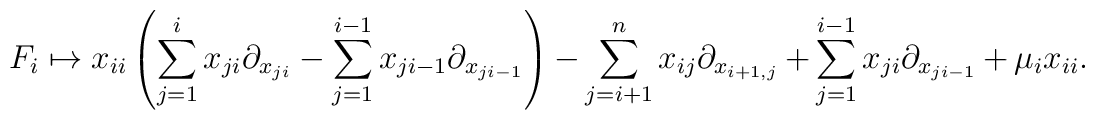
F_{i}\mapsto x_{i i}\left(\sum_{j=1}^{i}x_{j i}\partial_{x_{ji}}-\sum_{j=1}^{i-1}          x_{j i-1}\partial_{x_{j i-1}}\right) -\sum_{j=i+1}^{n}x_{ij}\partial_{x_{i+1,j}}          +\sum_{j=1}^{i-1}x_{j i}\partial_{x_{j i-1}}+\mu_{i}x_{i i} .